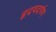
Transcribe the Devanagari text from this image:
हृदयदर्पण